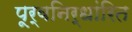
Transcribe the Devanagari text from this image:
पूर्वनिर्धांरित